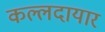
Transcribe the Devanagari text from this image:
कल्लदायार